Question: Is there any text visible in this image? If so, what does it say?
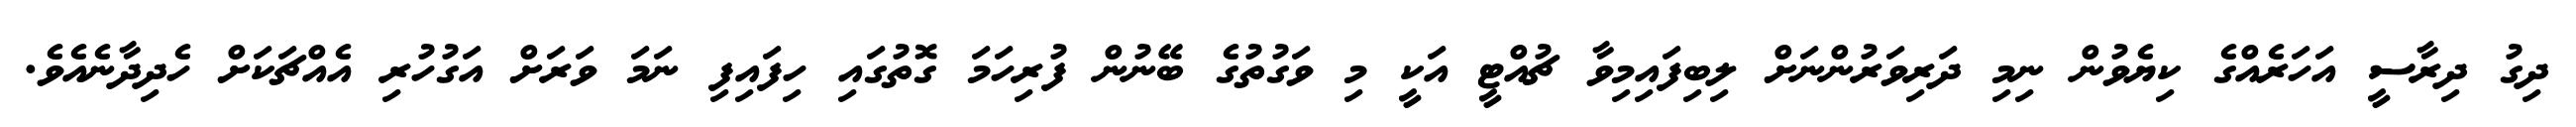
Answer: ދިގު ދިރާސީ އަހަރެއްގެ ކިޔެވުން ނިމި ދަރިވަރުންނަށް ލިބިފައިމިވާ ޗުއްޓީ އަކީ މި ވަގުތުގެ ބޭނުން ފުރިހަމަ ގޮތުގައި ހިފައިފި ނަމަ ވަރަށް އަގުހުރި އެއްޗަކަށް ހެދިދާނެއެވެ.